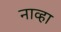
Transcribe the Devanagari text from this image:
नाव्हा